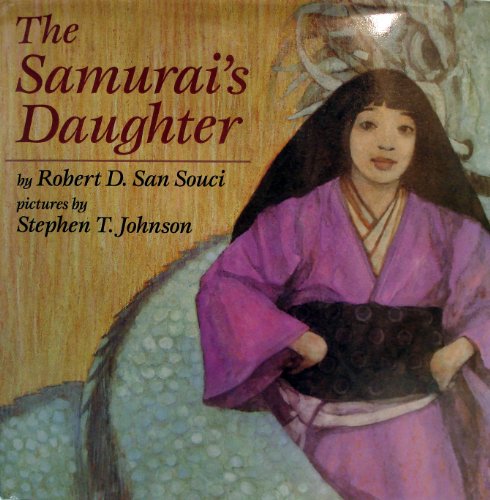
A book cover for The Samurai's Daughter; Robert D. San Souci; Children's Books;